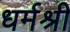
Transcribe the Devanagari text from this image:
धर्मश्री